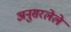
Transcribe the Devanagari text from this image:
अनुसरलेले